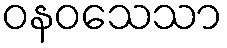
ဝနဝသေသာ